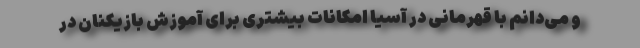
و می‌دانم با قهرمانی در آسیا امکانات بیشتری برای آموزش بازیکنان در